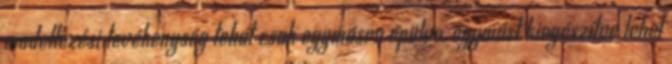
modellezési tevékenység tehát csak egymásra épülve, egymást kiegészítve lehet